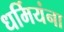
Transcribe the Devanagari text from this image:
धर्मियंना